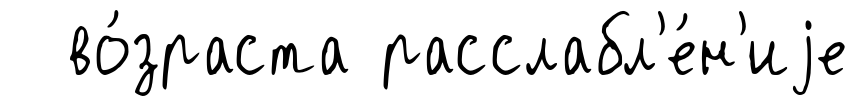
во́зраста расслабл'е́н'иjе